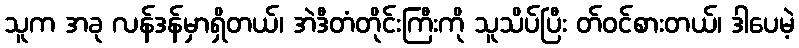
သူက အခု လန်ဒန်မှာရှိတယ်၊ အဲဒီတံတိုင်းကြီးကို သူသိပ်ပြီး တ်ဝင်စားတယ်၊ ဒါပေမဲ့